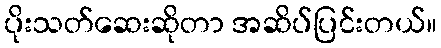
ပိုးသတ်ဆေးဆိုတာ အဆိပ်ပြင်းတယ်။